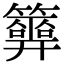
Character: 𥷂